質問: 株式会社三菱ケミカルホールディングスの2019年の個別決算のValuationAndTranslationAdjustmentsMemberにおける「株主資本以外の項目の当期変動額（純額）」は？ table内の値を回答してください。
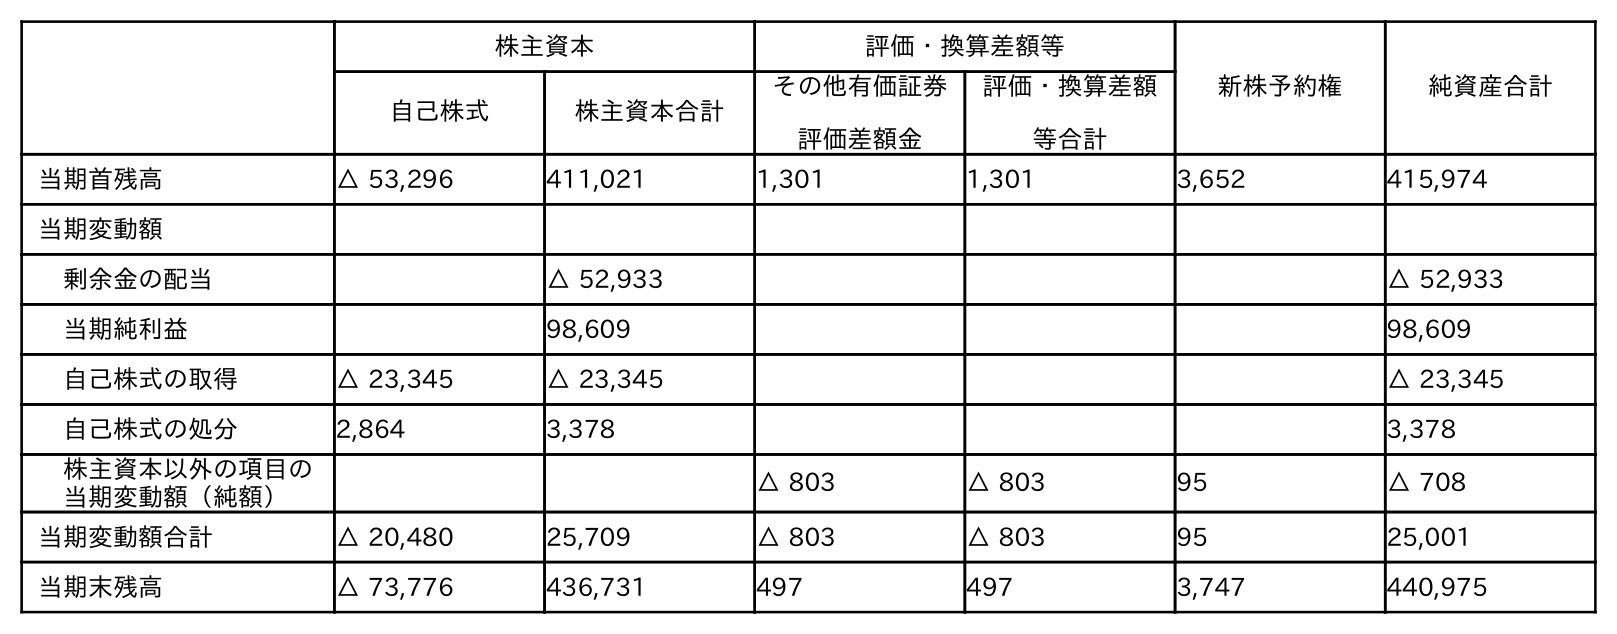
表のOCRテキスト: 株主資本 評価・換算差額等 新株予約権 純資産合計 自己株式 株主資本合計 その他有価証券 評価差額金 評価・換算差額 等合計 当期首残高 △ 53,296 411,021 1,301 1,301 3,652 415,974 当期変動額 剰余金の配当 △ 52,933 △ 52,933 当期純利益 98,609 98,609 自己株式の取得 △ 23,345 △ 23,345 △ 23,345 自己株式の処分 2,864 3,378 3,378 株主資本以外の項目の 当期変動額（純額） △ 803 △ 803 95 △ 708 当期変動額合計 △ 20,480 25,709 △ 803 △ 803 95 25,001 当期末残高 △ 73,776 436,731 497 497 3,747 440,975
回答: △803